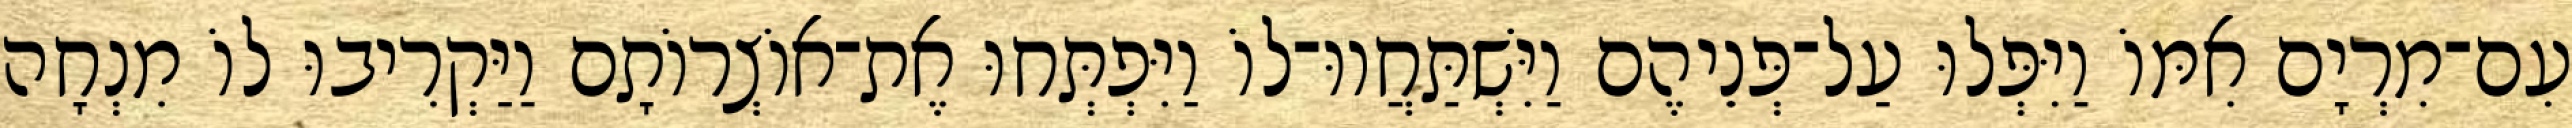
עִם־מִרְיָם אִמּוֹ וַיִּפְּלוּ עַל־פְּנֵיהֶם וַיִּשְׁתַּחֲווּ־לוֹ וַיִּפְתְּחוּ אֶת־אוֹצְרוֹתָם וַיַּקְרִיבוּ לוֹ מִנְחָה